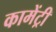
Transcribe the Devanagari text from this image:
कामेंट्री